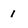
Character: 1